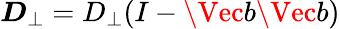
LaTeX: \boldsymbol{D}_{\perp}=D_{\perp}(I-\Vec{b}\Vec{b})